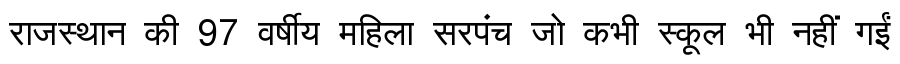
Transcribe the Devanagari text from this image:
राजस्थान की 97 वर्षीय महिला सरपंच जो कभी स्कूल भी नहीं गईं